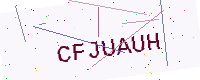
Text: CFJUAUH